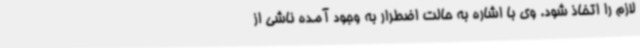
لازم را اتخاذ شود. وی با اشاره به حالت اضطرار به وجود آمده ناشی از